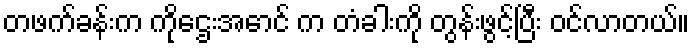
တဖက်ခန်းက ကိုဌေးအောင် က တံခါးကို တွန်းဖွင့်ပြီး ဝင်လာတယ်။